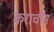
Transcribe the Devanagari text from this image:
कराचीस